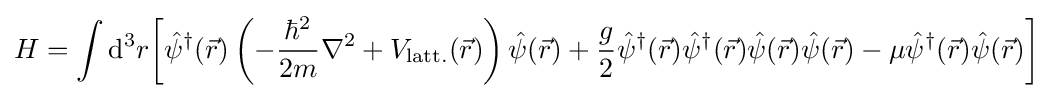
H=\int {\rm {d}}^{3}r\!\left[{\hat {\psi }}^{\dagger }({\vec {r}})\left(-{\frac {\hbar ^{2}}{2m}}\nabla ^{2}+V_{\rm {latt.}}({\vec {r}})\right){\hat {\psi }}({\vec {r}})+{\frac {g}{2}}{\hat {\psi }}^{\dagger }({\vec {r}}){\hat {\psi }}^{\dagger }({\vec {r}}){\hat {\psi }}({\vec {r}}){\hat {\psi }}({\vec {r}})-\mu {\hat {\psi }}^{\dagger }({\vec {r}}){\hat {\psi }}({\vec {r}})\right]